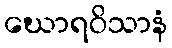
ဃောရဝိသာနံ